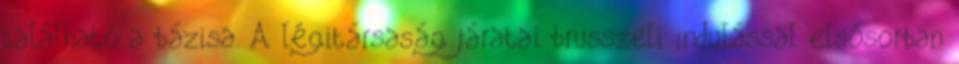
található a bázisa. A légitársaság járatai brüsszeli indulással elsősorban